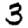
Digit: 3